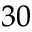
^ { 3 0 }